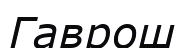
Гаврош